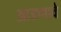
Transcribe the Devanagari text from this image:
आडणावे